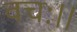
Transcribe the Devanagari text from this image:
वचः।।